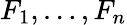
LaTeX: F_{1},\ldots,F_{n}